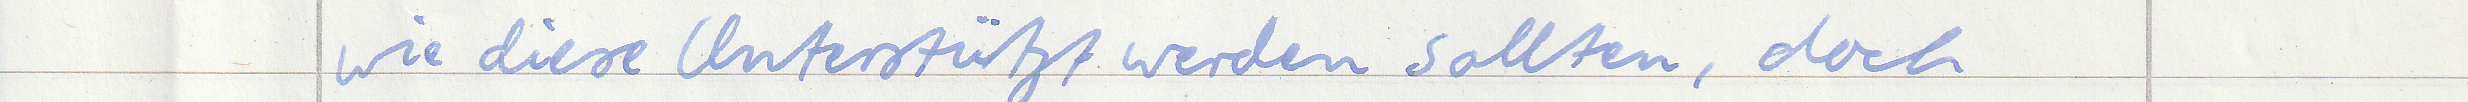
wie diese Unterstützt werden sollten, doch